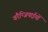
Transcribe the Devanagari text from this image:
वरैन्जियाईयों